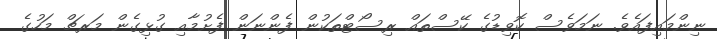
ނިންމައިފައެވެ. ނަމަވެސް ކޮވިޑުގެ ކޭސްތައް ރިސޯޓްތަކުން ފެންނަން ފެށުމާއި ގުޅިގެން މަރޗް މަހުގެ